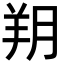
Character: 𦍤